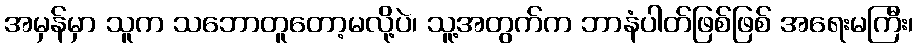
အမှန်မှာ သူက သဘောတူတော့မလို့ပဲ၊ သူ့အတွက်က ဘာနံပါတ်ဖြစ်ဖြစ် အရေးမကြီး၊